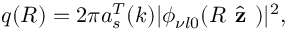
q ( R ) = 2 \pi a _ { s } ^ { T } ( k ) | \phi _ { \nu l 0 } ( R \hat { \textbf { z } } ) | ^ { 2 } ,